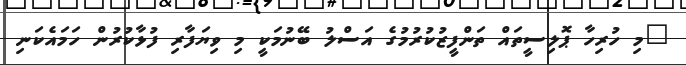
"މި ހުރިހާ ޕޮލިސީތައް ތަންފީޒުކުރުމުގެ އަސްލު ބޭނުމަކީ މި ވިޔަފާރި ފުޅާކުރުން ހަމައެކަނި